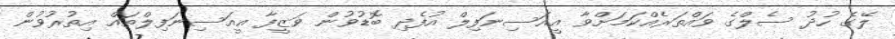
ލޭގެ ހުދު ސެލްގެ ވައްތަރެއްކަމަށްވާ އީއަސިނަފިލް އުފެދި ބޮޑުވުން ވަޒީފާ އީއަސިނަފިލްތައް އިތުރުވުން